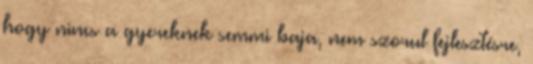
hogy nincs a gyereknek semmi baja, nem szorul fejlesztésre,